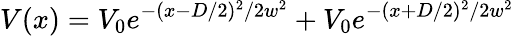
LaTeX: V(x)=V_{0}e^{-(x-D/2)^{2}/2w^{2}}+V_{0}e^{-(x+D/2)^{2}/2w^{2}}